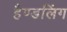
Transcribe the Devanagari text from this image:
हैण्डलिंग